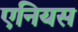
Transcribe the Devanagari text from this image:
एनियस